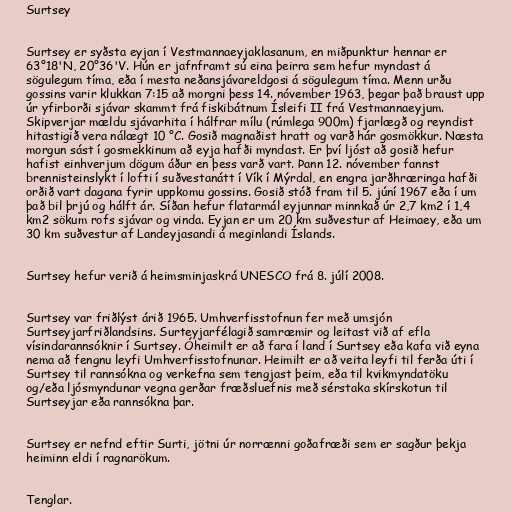
Surtsey

Surtsey er syðsta eyjan í Vestmannaeyjaklasanum, en miðpunktur hennar er
63°18'N, 20°36'V. Hún er jafnframt sú eina þeirra sem hefur myndast á
sögulegum tíma, eða í mesta neðansjávareldgosi á sögulegum tíma. Menn urðu
gossins varir klukkan 7:15 að morgni þess 14. nóvember 1963, þegar það braust upp
úr yfirborði sjávar skammt frá fiskibátnum Ísleifi II frá Vestmannaeyjum.
Skipverjar mældu sjávarhita í hálfrar mílu (rúmlega 900m) fjarlægð og reyndist
hitastigið vera nálægt 10 °C. Gosið magnaðist hratt og varð hár gosmökkur. Næsta
morgun sást í gosmekkinum að eyja hafði myndast. Er því ljóst að gosið hefur
hafist einhverjum dögum áður en þess varð vart. Þann 12. nóvember fannst
brennisteinslykt í lofti í suðvestanátt í Vík í Mýrdal, en engra jarðhræringa hafði
orðið vart dagana fyrir uppkomu gossins. Gosið stóð fram til 5. júní 1967 eða í um
það bil þrjú og hálft ár. Síðan hefur flatarmál eyjunnar minnkað úr 2,7 km2 í 1,4
km2 sökum rofs sjávar og vinda. Eyjan er um 20 km suðvestur af Heimaey, eða um
30 km suðvestur af Landeyjasandi á meginlandi Íslands.

Surtsey hefur verið á heimsminjaskrá UNESCO frá 8. júlí 2008.

Surtsey var friðlýst árið 1965. Umhverfisstofnun fer með umsjón
Surtseyjarfriðlandsins. Surteyjarfélagið samræmir og leitast við af efla
vísindarannsóknir í Surtsey. Óheimilt er að fara í land í Surtsey eða kafa við eyna
nema að fengnu leyfi Umhverfisstofnunar. Heimilt er að veita leyfi til ferða úti í
Surtsey til rannsókna og verkefna sem tengjast þeim, eða til kvikmyndatöku
og/eða ljósmyndunar vegna gerðar fræðsluefnis með sérstaka skírskotun til
Surtseyjar eða rannsókna þar.

Surtsey er nefnd eftir Surti, jötni úr norrænni goðafræði sem er sagður þekja
heiminn eldi í ragnarökum.

Tenglar.